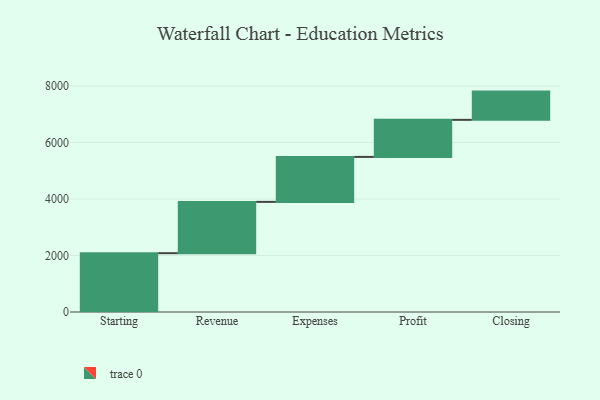
{"axis": {"x": "Step", "y": "Value"}, "legend": [""], "data": [{"x": "Starting", "y": 2082.0, "type": ""}, {"x": "Revenue", "y": 1816.0, "type": ""}, {"x": "Expenses", "y": 1592.0, "type": ""}, {"x": "Profit", "y": 1312.0, "type": ""}, {"x": "Closing", "y": 1000, "type": ""}]}